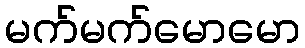
မက်မက်မောမော